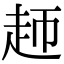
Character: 䞙